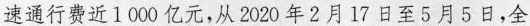
速通行费近1000亿元，从2020年2月17日至5月5日，全